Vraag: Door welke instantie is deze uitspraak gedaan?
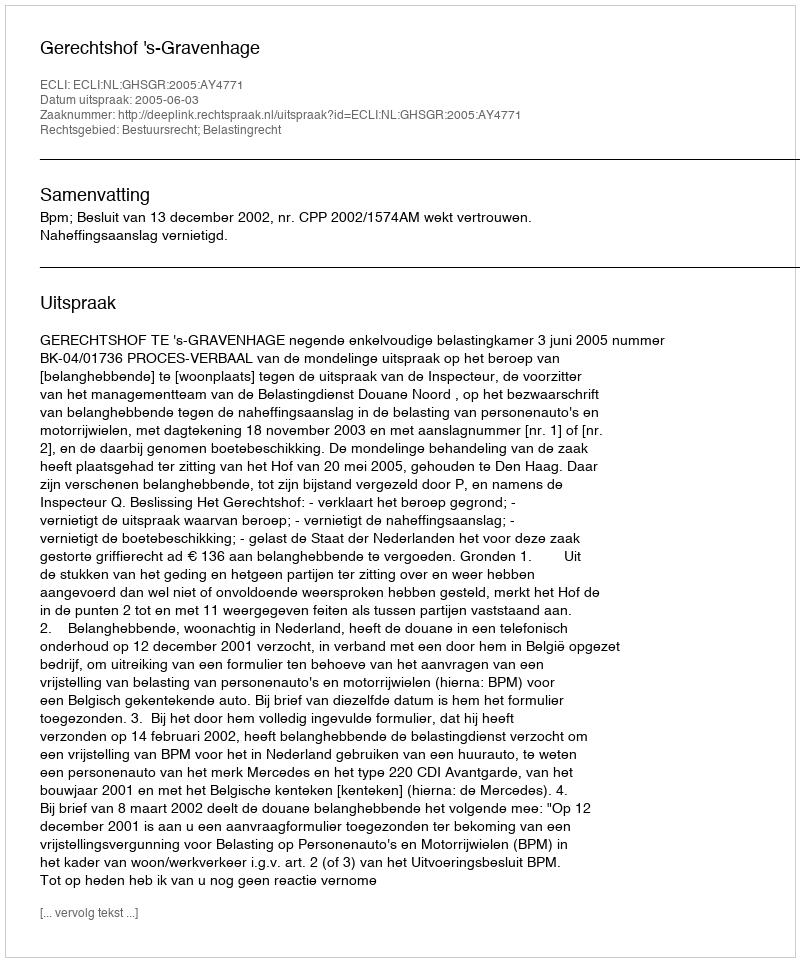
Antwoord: Gerechtshof 's-Gravenhage